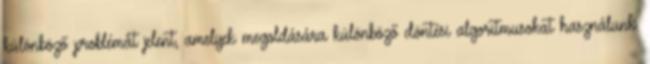
különböző problémát jelent, amelyek megoldására különböző döntési algoritmusokat használunk.